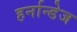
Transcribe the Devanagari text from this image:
हर्नान्डेज